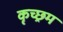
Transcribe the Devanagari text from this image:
कृच्छ्रम